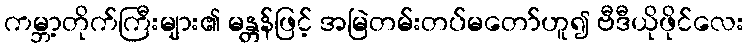
ကမ္ဘာ့တိုက်ကြီးများ၏ မန္တန်ဖြင့် အမြဲတမ်းတပ်မတော်ဟူ၍ ဗီဒီယိုဖိုင်လေး